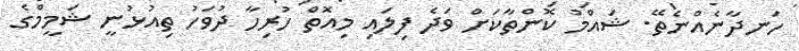
ހަނދާނެއްނެތޭ. ޝައްމު ކޮންތާކަށް ވަދެ ފިލައި މިއޮތް ހުރިހާ ދުވަހު ތިއުޅުނީ ޝަމީމްގެ